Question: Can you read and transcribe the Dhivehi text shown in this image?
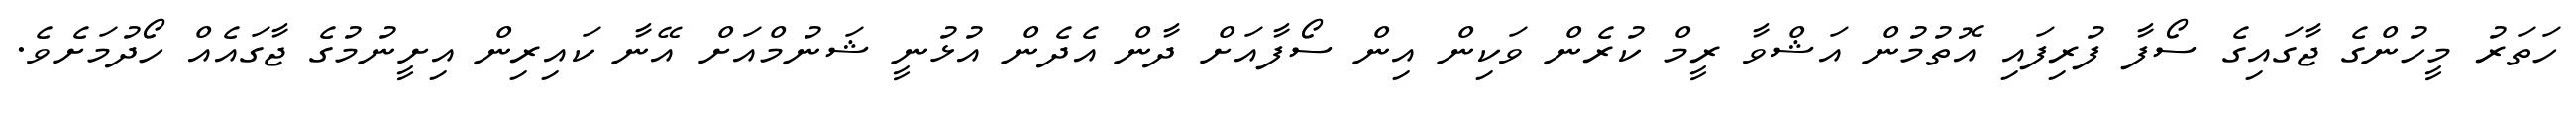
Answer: ހަތަރު މީހުންގެ ޖާގައިގެ ސޯފާ ފުރިފައި އޮތުމުން އަޝްވާ ރީމް ކުރެން ވަކިން އިން ސޯފާއަށް ދާން އެދެން އުޅުނީ ޝަނުމްއަށް އޭނާ ކައިރިން އިށީނުމުގެ ޖާގައެއް ހޯދުމަށެވެ.